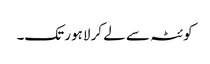
کوئٹہ سے لے کر لاہور تک۔